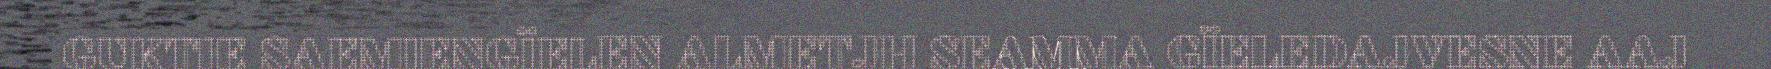
GUKTIE SAEMIENGÏELEN ALMETJH SEAMMA GÏELEDAJVESNE AAJ